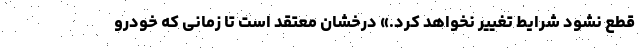
قطع نشود شرایط تغییر نخواهد کرد.» درخشان معتقد است تا زمانی که خودرو